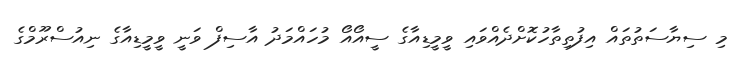
މި ސިޔާސަތުތައް އިފުތިތާހުކޮށްދެއްވައި ވީމީޑިއާގެ ސީއޯއޯ މުހައްމަދު އާސިފް ވަނީ ވީމީޑިއާގެ ނިއުސްރޫމްގެ